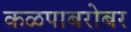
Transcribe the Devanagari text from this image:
कळपाबरोबर